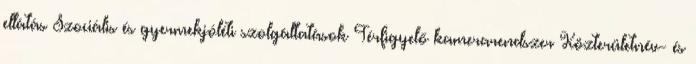
ellátás Szociális és gyermekjóléti szolgáltatások Térfigyelő kamerarendszer Közterületnév- és